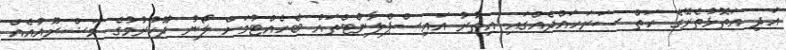
އަދި އަތޮޅުތެރޭގެ ހަތް ސަރަހައްދެއްގައި އިތުރު އައިސްޕްލާންޓްތައް ބެހެއްޓުމަށް ލޯނު ދޫކުރުމުގެ މަޝްރޫއުއެއް